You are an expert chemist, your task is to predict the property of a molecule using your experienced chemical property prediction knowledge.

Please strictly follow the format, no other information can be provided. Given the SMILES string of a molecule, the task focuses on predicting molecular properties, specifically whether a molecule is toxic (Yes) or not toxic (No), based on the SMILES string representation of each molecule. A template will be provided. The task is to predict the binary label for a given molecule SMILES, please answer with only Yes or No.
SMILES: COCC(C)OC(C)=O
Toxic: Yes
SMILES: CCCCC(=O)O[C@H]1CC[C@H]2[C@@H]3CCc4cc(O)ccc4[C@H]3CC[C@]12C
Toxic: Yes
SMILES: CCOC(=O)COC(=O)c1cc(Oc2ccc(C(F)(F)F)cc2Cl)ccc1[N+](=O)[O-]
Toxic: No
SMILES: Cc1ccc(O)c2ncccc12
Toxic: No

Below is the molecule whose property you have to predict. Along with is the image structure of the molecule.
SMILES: C=C(C)C(=O)OC(C)C
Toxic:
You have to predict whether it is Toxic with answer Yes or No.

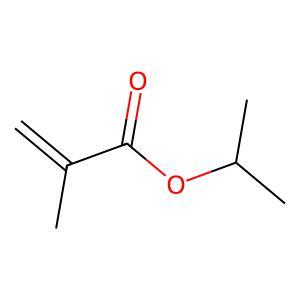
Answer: No